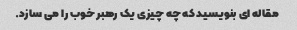
مقاله ای بنویسید که چه چیزی یک رهبر خوب را می سازد.